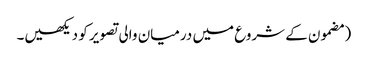
‏ (‏مضمون کے شروع میں درمیان والی تصویر کو دیکھیں۔